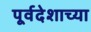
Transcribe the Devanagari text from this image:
पूर्वदेशाच्या